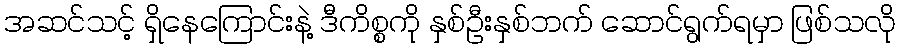
အဆင်သင့် ရှိနေကြောင်းနဲ့ ဒီကိစ္စကို နှစ်ဦးနှစ်ဘက် ဆောင်ရွက်ရမှာ ဖြစ်သလို